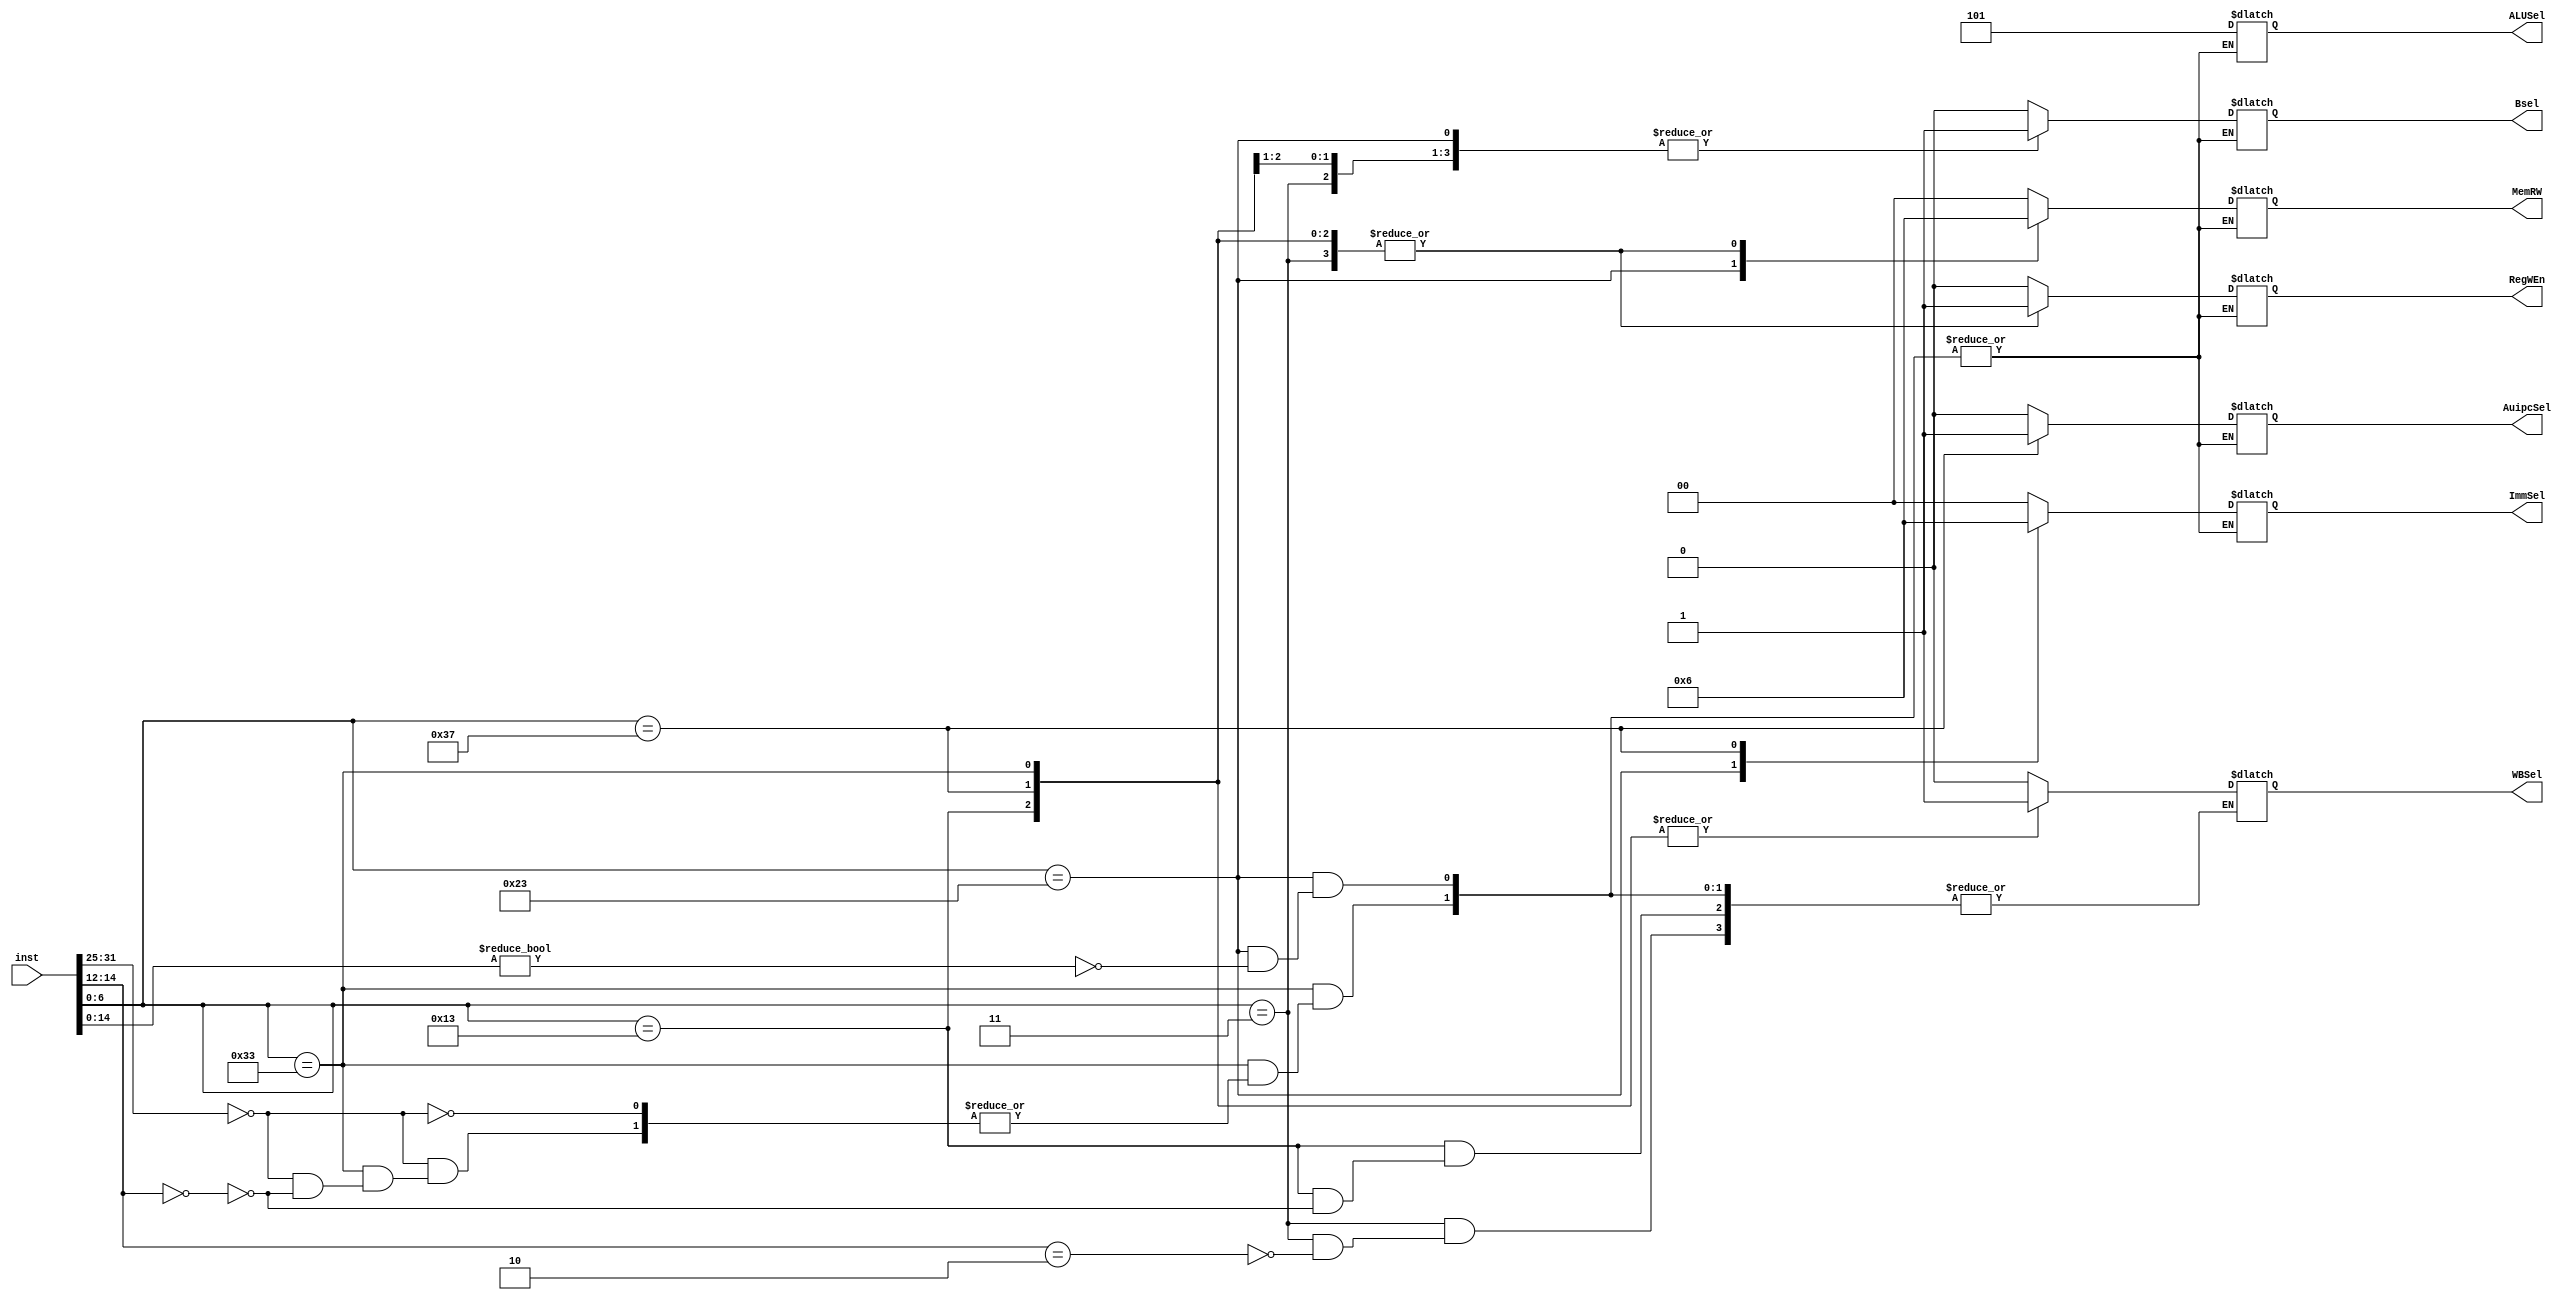
module Controller(
    inst,
    ImmSel,
    RegWEn,
    Bsel,
    ALUSel,
    MemRW,
    WBSel,
    AuipcSel
);
    input[31:0] inst;
    output reg [2:0] ALUSel;
    output reg[1:0] ImmSel;
    output reg[1:0] MemRW;
    output reg RegWEn, Bsel, WBSel, AuipcSel;

    parameter R_TYPE = 7'b0110011;
    parameter I_TYPE_L = 7'b0000011;
    parameter I_TYPE_I = 7'b0010011;
    parameter S_TYPE = 7'b0100011;
    parameter U_TYPE = 7'b0110111;

    always@(*) begin
        case (inst[6:0])
            R_TYPE: begin
                //funct7
                if (inst[31:25] == 7'b0) begin
                    //funct3
                    if (inst[14:12] == 3'b0) begin //add
                        ImmSel = 2'b0;
                        RegWEn = 1;
                        Bsel = 0;
                        ALUSel = 3'b101; 
                        MemRW = 2'b10;
                        WBSel = 1;
                        AuipcSel = 0;
                    end
                end
            end
            I_TYPE_L: begin
                ImmSel = 2'b0;
                RegWEn = 1;
                Bsel = 1;
                ALUSel = 3'b101; 
                MemRW = 2'b10;
                AuipcSel = 0;
                //funct3
                if (inst[14:12] == 3'b010) begin //lw   
                    WBSel = 0;
                end
            end
            I_TYPE_I: begin
                ImmSel = 2'b0;
                RegWEn = 1;
                Bsel = 1;
                ALUSel = 3'b101; 
                MemRW = 2'b10;
                AuipcSel = 0;             
                //funct3
                if (inst[14:12] == 3'b000) begin //addi
                    WBSel = 1;
                end
            end

            S_TYPE: begin
                if (inst[14:12 == 3'b010]) begin //sw
                    ImmSel = 2'b01;
                    RegWEn = 0;
                    Bsel = 1;
                    ALUSel = 3'b101; //add
                    MemRW = 2'b01;
                    WBSel = 0;
                    AuipcSel = 0;
                end
            end
            U_TYPE: begin
                ImmSel = 2'b10;
                RegWEn = 1;
                Bsel = 1;
                ALUSel = 3'b101;
                MemRW = 2'b10;
                WBSel = 1;
                AuipcSel = 1;
            end

            default: begin
                ImmSel = 2'b00;
                RegWEn = 0;
                Bsel = 0;
                ALUSel = 3'b101; //add
                MemRW = 2'b00;
                WBSel = 0;
                AuipcSel = 0;
            end
        endcase
    end

endmodule